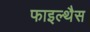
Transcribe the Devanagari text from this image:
फाइल्थैस